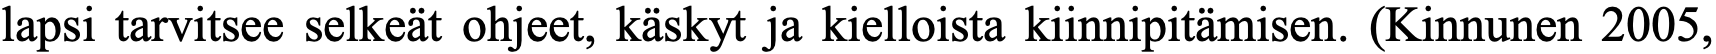
lapsi tarvitsee selkeät ohjeet, käskyt ja kielloista kiinnipitämisen. (Kinnunen 2005,